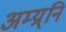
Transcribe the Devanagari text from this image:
अम्य्र्नि